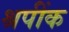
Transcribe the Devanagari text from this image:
श्रपींक